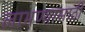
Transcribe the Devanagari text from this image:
लाभण्यासाठी